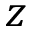
z